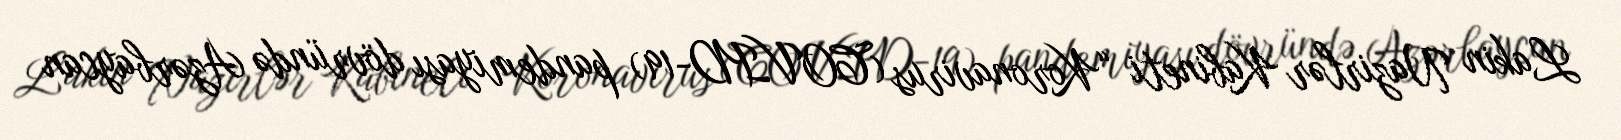
Lakin Nazirlər Kabineti “Koronavirus (COVID-19) pandemiyası dövründə Azərbaycan